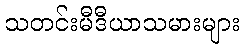
သတင်းမီဒီယာသမားများ